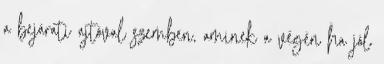
a bejárati ajtóval szemben, aminek a végén ha jól